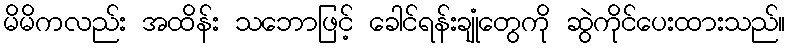
မိမိကလည်း အထိန်း သဘောဖြင့် ခေါင်ရန်းချုံတွေကို ဆွဲကိုင်ပေးထားသည်။